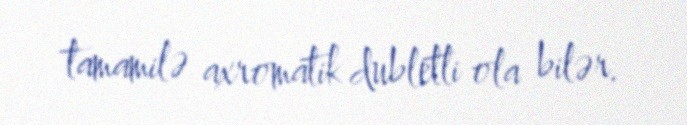
tamamilə axromatik dubletli ola bilər.